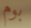
بوم